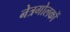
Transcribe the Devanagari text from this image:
नेत्रगोलकों